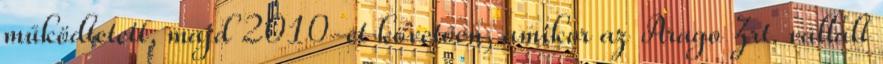
működtetett, majd 2010-et követően, amikor az Arago Zrt. vállalt